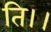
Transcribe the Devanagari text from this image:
ति।।